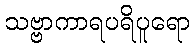
သဗ္ဗာကာရပရိပူရော